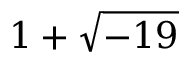
1 + { \sqrt { - 1 9 } }